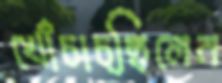
খোঁচাচ্ছিলেন